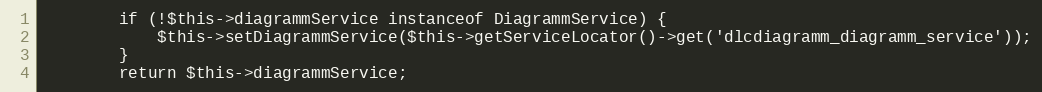
Language: PHP
        if (!$this->diagrammService instanceof DiagrammService) {
            $this->setDiagrammService($this->getServiceLocator()->get('dlcdiagramm_diagramm_service'));
        }
        return $this->diagrammService;